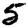
Digit: 5